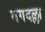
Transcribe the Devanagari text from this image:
मगदल्ला